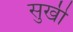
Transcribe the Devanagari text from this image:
सुखी